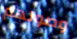
وصولهم